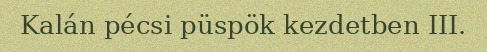
Kalán pécsi püspök kezdetben III.